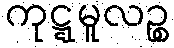
ကုဋ္ဋမူလဉ္စ